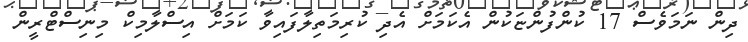
ދިން ނަމަވެސް 17 ކުންފުންޏަކުން އެކަމަށް އެދި ކުރިމަތިލާފައިވާ ކަމަށް އިސްލާމިކް މިނިސްޓްރީން